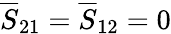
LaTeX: \overline{{S}}_{21}=\overline{{S}}_{12}=0